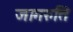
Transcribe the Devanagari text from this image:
जागरुति